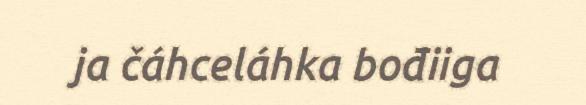
ja čáhceláhka bođiiga